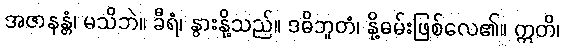
အဇာနန္တံ၊ မသိဘဲ။ ခီရံ၊ နွားနို့သည်။ ဒဓိဘူတံ၊ နို့ဓမ်းဖြစ်လေ၏။ ဣတိ၊